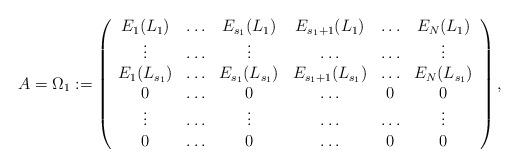
LaTeX: \begin{align*} A=\Omega_1:= \left(\begin{array}{ccccccc}E_1(L_1)&\hdots&E_{s_1}(L_{1})&E_{s_1+1}(L_{1})&\hdots&E_N(L_1)\\\vdots&\hdots&\vdots&\hdots&\hdots&\vdots\\E_1(L_{s_1})&\hdots&E_{s_1}(L_{s_1})&E_{s_1+1}(L_{s_1})&\hdots&E_N(L_{s_1})\\0&\hdots&0&\hdots&0&0\\\vdots&\hdots&\vdots&\hdots&\hdots&\vdots\\0&\hdots&0&\hdots&0&0\end{array} \right),\end{align*}